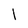
Character: 1